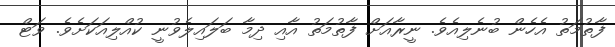
ފާތުމަތު އެހެން ބުނެލިއެވެ. ނީރާއަށް ފާތުމަތު އާއި ދިމާ ބަލައިލެވުނީ ކުއްލިއަކަށެވެ. ވަޓް